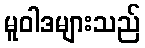
မူဝါဒများသည်